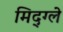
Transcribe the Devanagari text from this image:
मिद्ग्ले